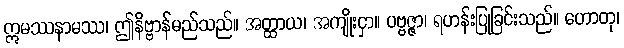
ဣမဿနာမဿ၊ ဤနိဗ္ဗာန်မည်သည်။ အတ္ထာယ၊ အကျိုးငှာ။ ပဗ္ဗဇ္ဇာ၊ ရဟန်းပြုခြင်းသည်။ ဟောတု၊